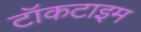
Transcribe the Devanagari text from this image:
टॉकटाइम